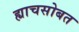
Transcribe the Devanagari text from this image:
ह्याचसोबत